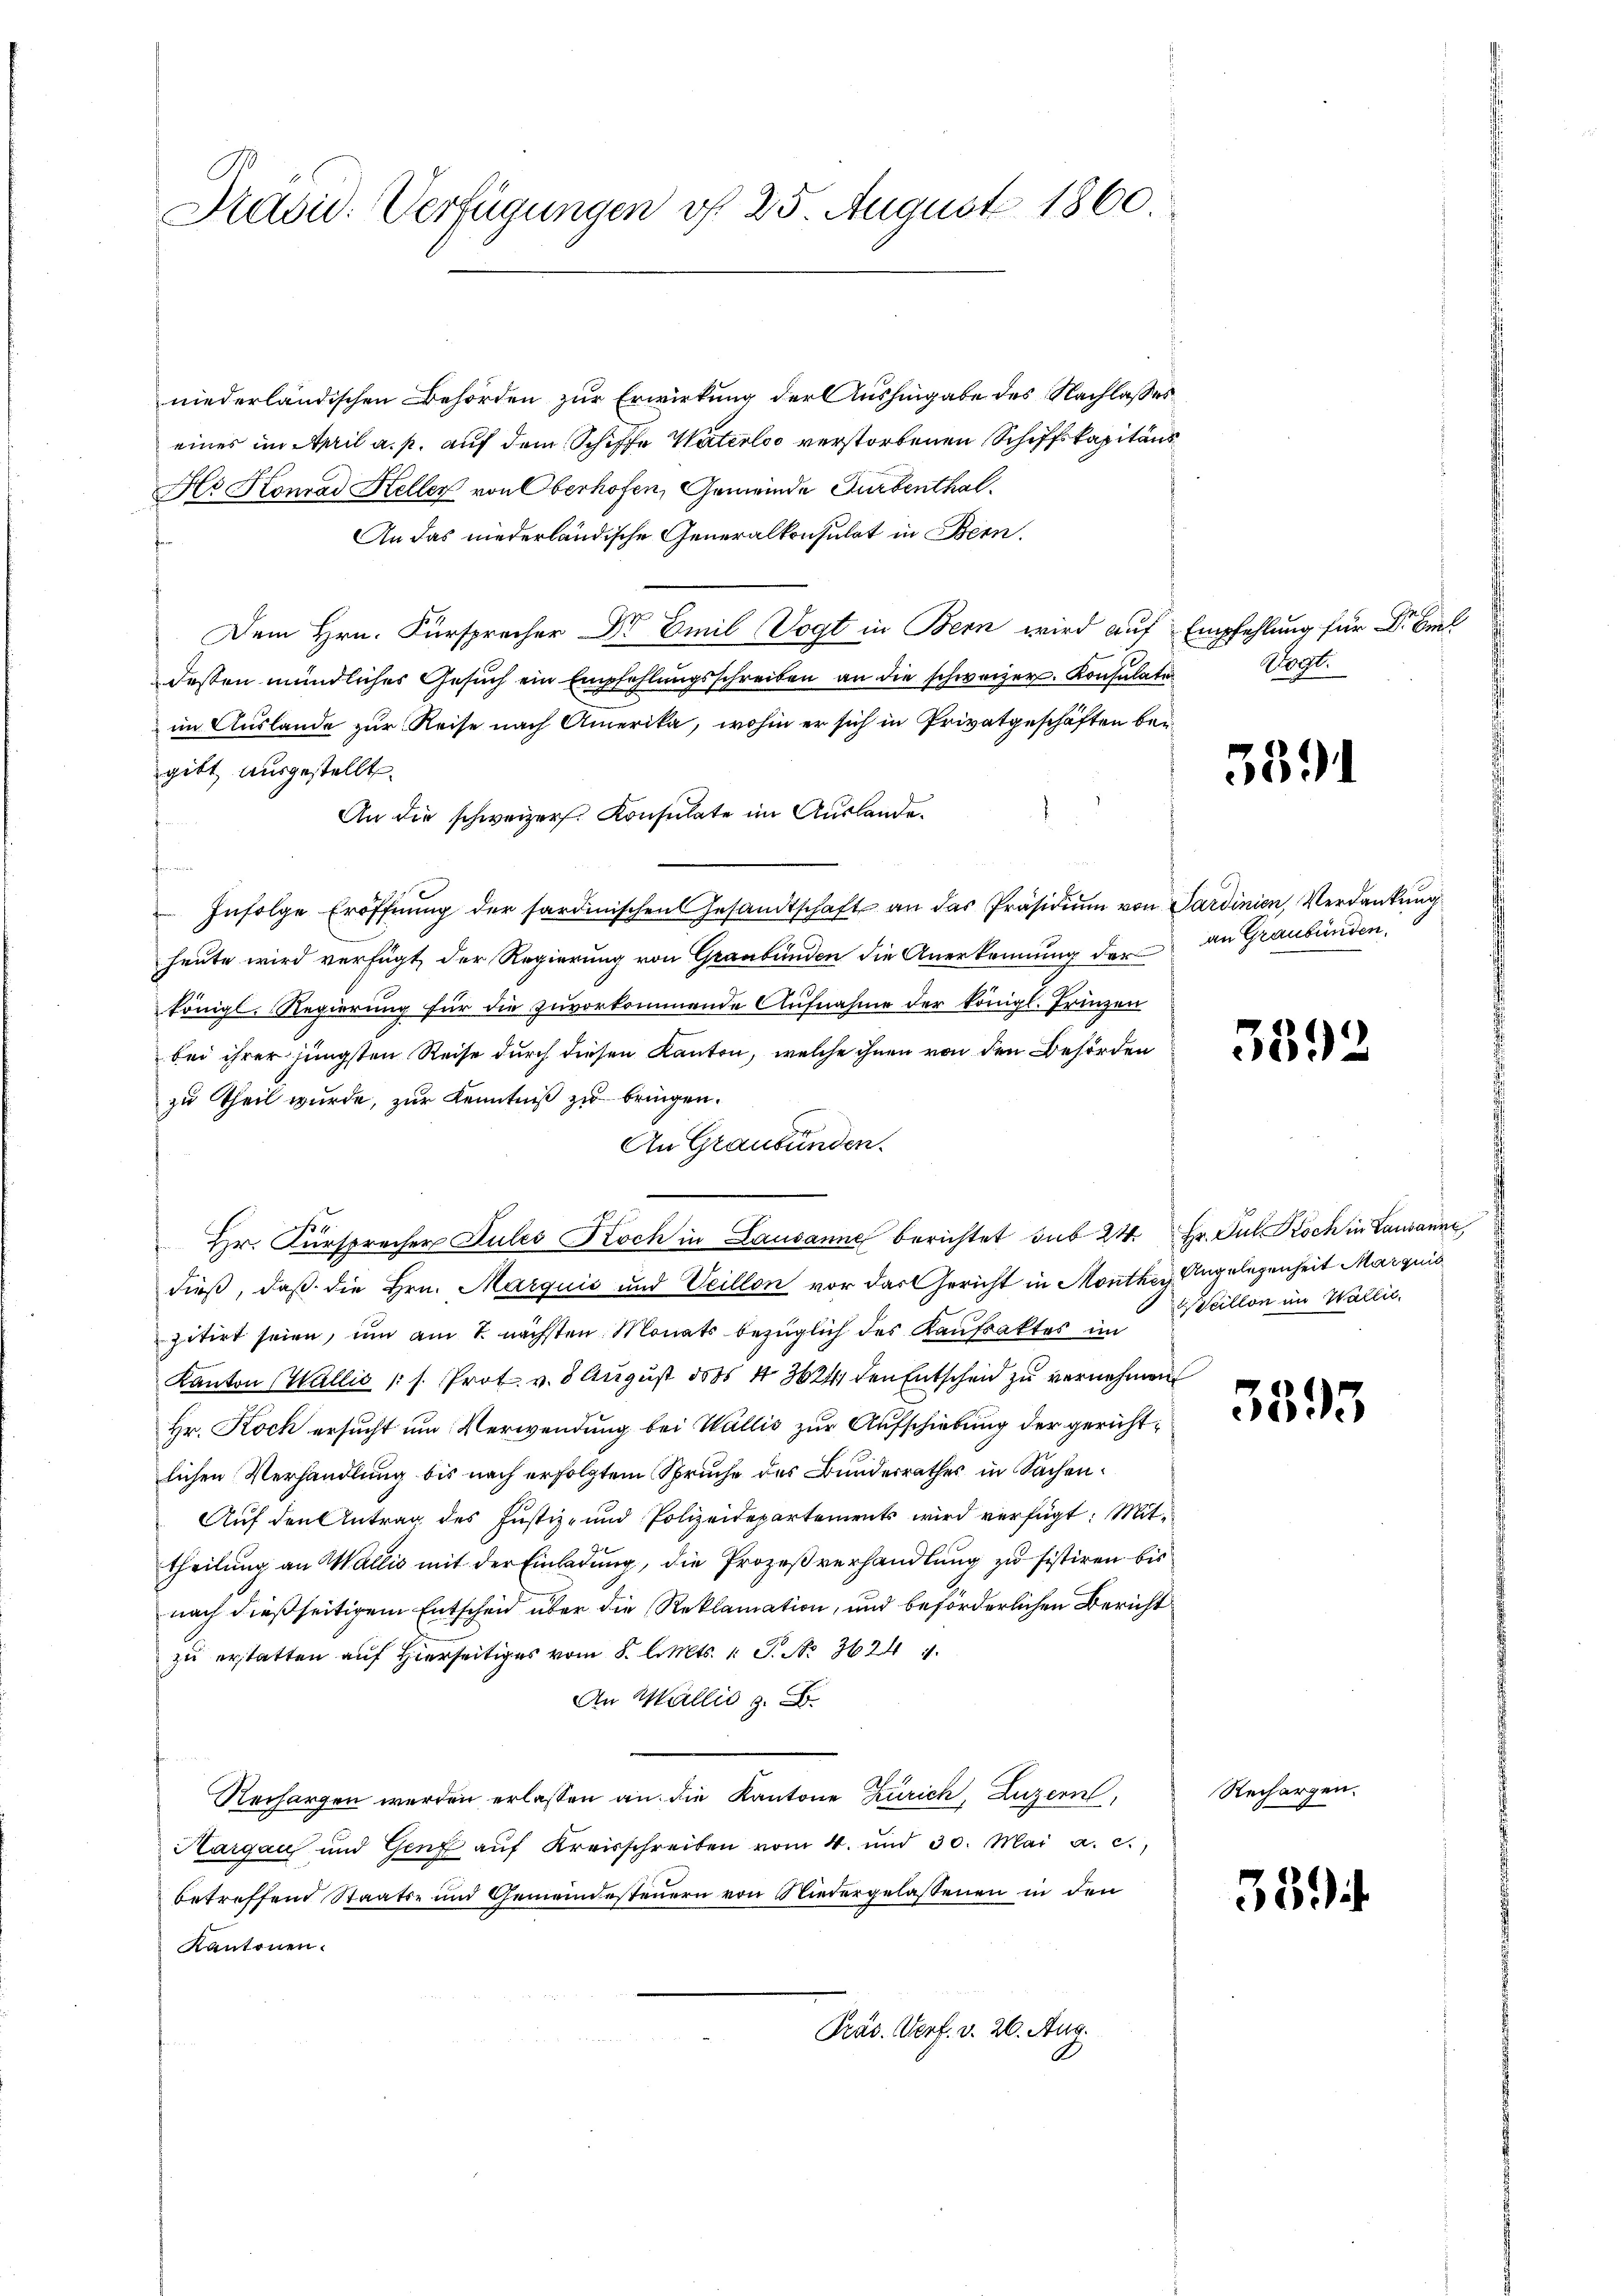
Präsid. Verfügungen vf 25. August 1860.

niederländischen Behörden zur Erwirkung der Aushingabe des Nachlasses
eines im April a. p. auf dem Schiffe Vaterloo verstorbenen Schiffskapitäns
Fr Konrad Heller von Oberhofen, Gemeinde Turbenthal
An das niederländische Generalkonsulat in Bern.
Dem Hrn. Fürsprecher Dr Emil Vogt in Bern wird auf Empfehlung für Dr. Beil
dessen mündliches Gesuch ein Empfehlungsschreiben an die schweizer. Konsulate
im Auslande zur Reise nach Amerika, wohin er sich in Privatgeschäften bei
gibt, ausgestellt.
An die schweizer. Konsulate im Auslandef
 Infolge Eröffnung der sardinischen Gesandtschaft an das Präsidium von Sardinien, Verdankung
heute wird verfügt, der Regierung von Graubünden die Anerkennung der
königl. Regierung für die zuvorkommende Aufnahme der königl. Prinzen
bei ihrer jüngsten Reise durch diesen Kanton, welche ihnen von den Behörden
zu Theil wurde, zur Kenntniß zu bringen.
An Graubünden.
Hr. Fürsprecher dules Koch in Lausanne berichtet sub 24 Hr. Pul Koch in Lausanne,
dieß, daß die Hrn. Marquić und Veillon vor das Gericht in Monthey Angelegenheit Marquis
zitirt seien, um am 7. nächsten Monats bezüglich des Kaufsaktes in Scillon im Wallic
Kanton Wallis (s. Prot. v. 8 August dass 4 3624, den Entscheid zu vernehmen
Hr. Koch ersucht um Verwendung bei Wallis zur Aufschiebung der gerichtlichen Verhandlung bis nach erfolgtem Spruche des Bundesrathes in Sachen¬
Auf den Antrag des Justiz- und Polizeidepartements wird verfügt: Mittheilung an Wallis mit der Einladung, die Prozeßverhandlung zu sistiren bis
nach dießseitigem Entscheid über die Reklamation, und beförderlichen Bericht
zu erstatten auf Hierseitiges vom 8. l. Mts. 1 S. Nr. 3624
An Wallis z.
Rechargen werden erlassen an die Kantone Zürich, Luzern,
Margau und Genf auf Kreisschreiben vom 4. und 30. Mai a. c.,
betreffend Staats- und Gemeindesteuern von Niedergelassenen in den
Kantonen.
Präs. Verf. v. 26. Aug.

Vogt.

3391

an Graubünden.

3392

3395

Rechargen.

339